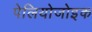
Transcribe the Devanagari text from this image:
पेलियोजोइक